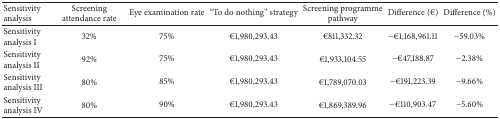
<table><thead><tr><td><b>Sensitivity analysis</b></td><td><b>Screening attendance rate</b></td><td><b>Eye examination rate</b></td><td><b>“To do nothing” strategy</b></td><td><b>Screening programme pathway</b></td><td><b>Difference (€)</b></td><td><b>Difference (%)</b></td></tr></thead><tbody><tr><td>Sensitivity analysis I</td><td>32%</td><td>75%</td><td>€1,980,293.43</td><td>€811,332.32</td><td>−€1,168,961.11</td><td>−59.03%</td></tr><tr><td>Sensitivity analysis II</td><td>92%</td><td>75%</td><td>€1,980,293.43</td><td>€1,933,104.55</td><td>−€47,188.87</td><td>−2.38%</td></tr><tr><td>Sensitivity analysis III</td><td>80%</td><td>85%</td><td>€1,980,293.43</td><td>€1,789,070.03</td><td>−€191,223.39</td><td>−9.66%</td></tr><tr><td>Sensitivity analysis IV</td><td>80%</td><td>90%</td><td>€1,980,293.43</td><td>€1,869,389.96</td><td>−€110,903.47</td><td>−5.60%</td></tr></tbody></table>